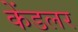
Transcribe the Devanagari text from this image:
केंडलर